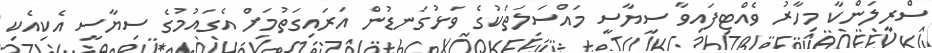
ސްރީލަންކާ މިހާރު ވެއްޓިފައިވާ ސިޔާސީ މައްސަލަތަކުގެ ވަޅުގަނޑުން އަރައިގަތުމަށް އެގައުމުގެ ސިޔާސީ އެކިއެކި